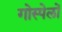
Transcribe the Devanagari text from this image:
गोस्पेलों